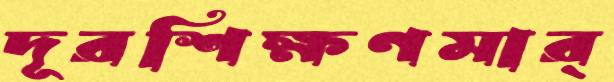
দূরশিক্ষণমার্